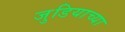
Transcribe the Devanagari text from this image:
जुडियाच्या